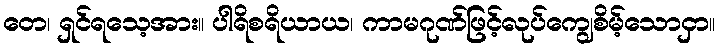
တေ၊ ရှင်ရသေ့အား။ ပါရိစရိယာယ၊ ကာမဂုဏ်ဖြင့်လုပ်ကျွေစိမ့်သောငှာ။